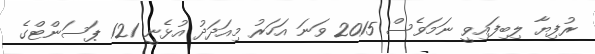
ރުފިޔާ ލިބިފައިވީ ނަމަވެސް 2015 ވަނަ އަހަރު މިއަދަދު އުޅެނީ 121 ޕަސަންޓްގެ